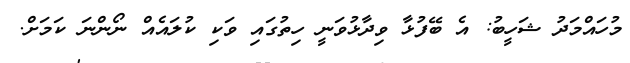
މުހައްމަދު ޝަހީބު: އެ ބޭފުޅާ ވިދާޅުވަނީ ހިތުގައި ވަކި ކުލައެއް ނޯންނަ ކަމަށް.